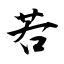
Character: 若